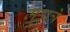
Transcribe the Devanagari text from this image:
महात्रे